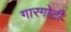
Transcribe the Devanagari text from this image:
गारगाेटी